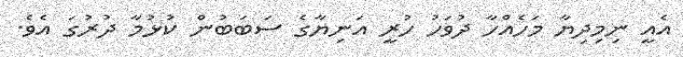
އެއީ ނިމިދިޔާ މަހެއްހާ ދުވަހު ހުރީ އަނިޔާގެ ސަބަބުން ކުޅުމާ ދުރުގަ އެވެ.